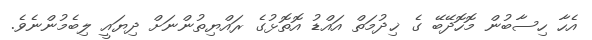
އެހާ ހިސާބުން މޮހޮދޭބޭ ގެ ޚިދުމަތް އައްޑު އޮތޮޅުގެ ރައްޔިތުންނަށް ދިޔައީ ލިބެމުންނެވެ.